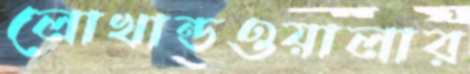
লোখান্ডওয়ালার